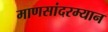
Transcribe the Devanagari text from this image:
माणसांदरम्यान